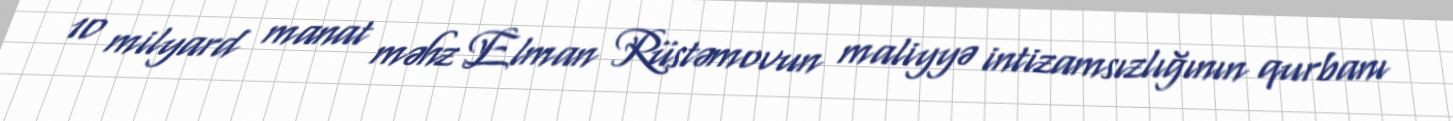
10 milyard manat məhz Elman Rüstəmovun maliyyə intizamsızlığının qurbanı